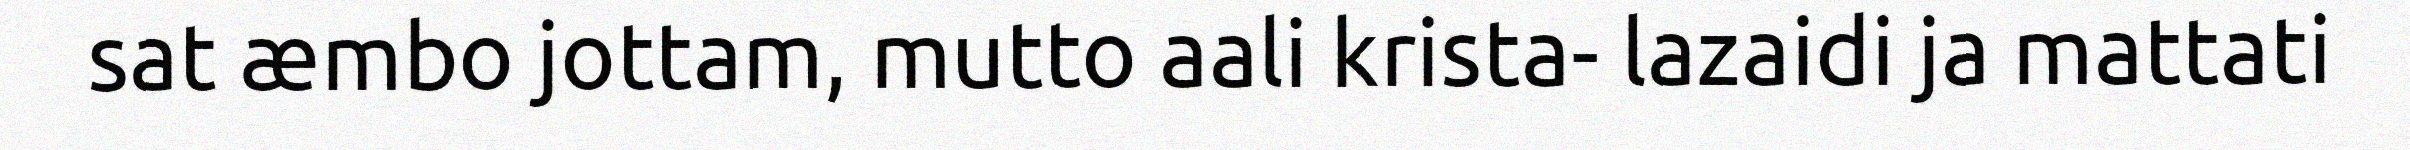
sat æmbo jottam, mutto aali krista- lazaidi ja mattati